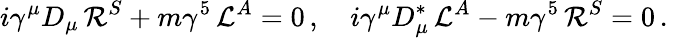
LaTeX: i\gamma^{\mu}D_{\mu}\, {\cal R}^{S}+m\gamma^{5}\, {\cal L}^{A}=0\, ,\quad i\gamma^{\mu}D_{\mu}^{\ast}\, {\cal L}^{A}-m\gamma^{5}\, {\cal R}^{S}=0\, .\quad